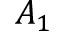
A _ { 1 }